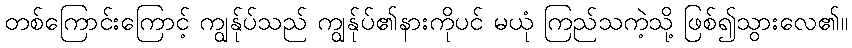
တစ်ကြောင်းကြောင့် ကျွန်ုပ်သည် ကျွန်ုပ်၏နားကိုပင် မယုံ ကြည်သကဲ့သို့ ဖြစ်၍သွားလေ၏။